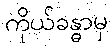
ကိုယ်ခန္ဓာမှ